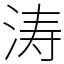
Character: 涛